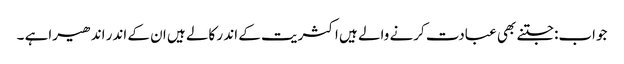
جواب:جتنے بھی عبادت کرنے والے ہیں اکثریت کے اند ر کالے ہیں ان کے اندر اندھیراہے ۔